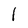
Character: 1